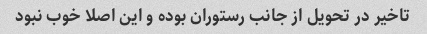
تاخیر در تحویل از جانب رستوران بوده و این اصلا خوب نبود